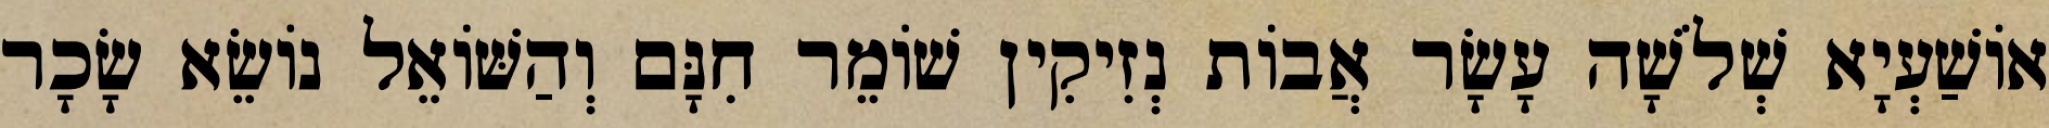
אוֹשַׁעְיָא שְׁלֹשָׁה עָשָׂר אֲבוֹת נְזִיקִין שׁוֹמֵר חִנָּם וְהַשּׁוֹאֵל נוֹשֵׂא שָׂכָר